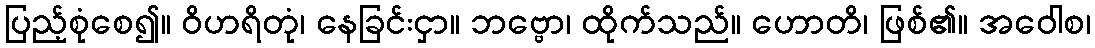
ပြည့်စုံစေ၍။ ဝိဟရိတုံ၊ နေခြင်းငှာ။ ဘဗ္ဗော၊ ထိုက်သည်။ ဟောတိ၊ ဖြစ်၏။ အဝေါစ၊